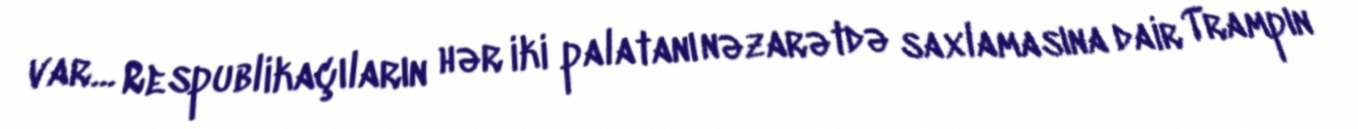
var... Respublikaçıların hər iki palatanı nəzarətdə saxlamasına dair Trampın